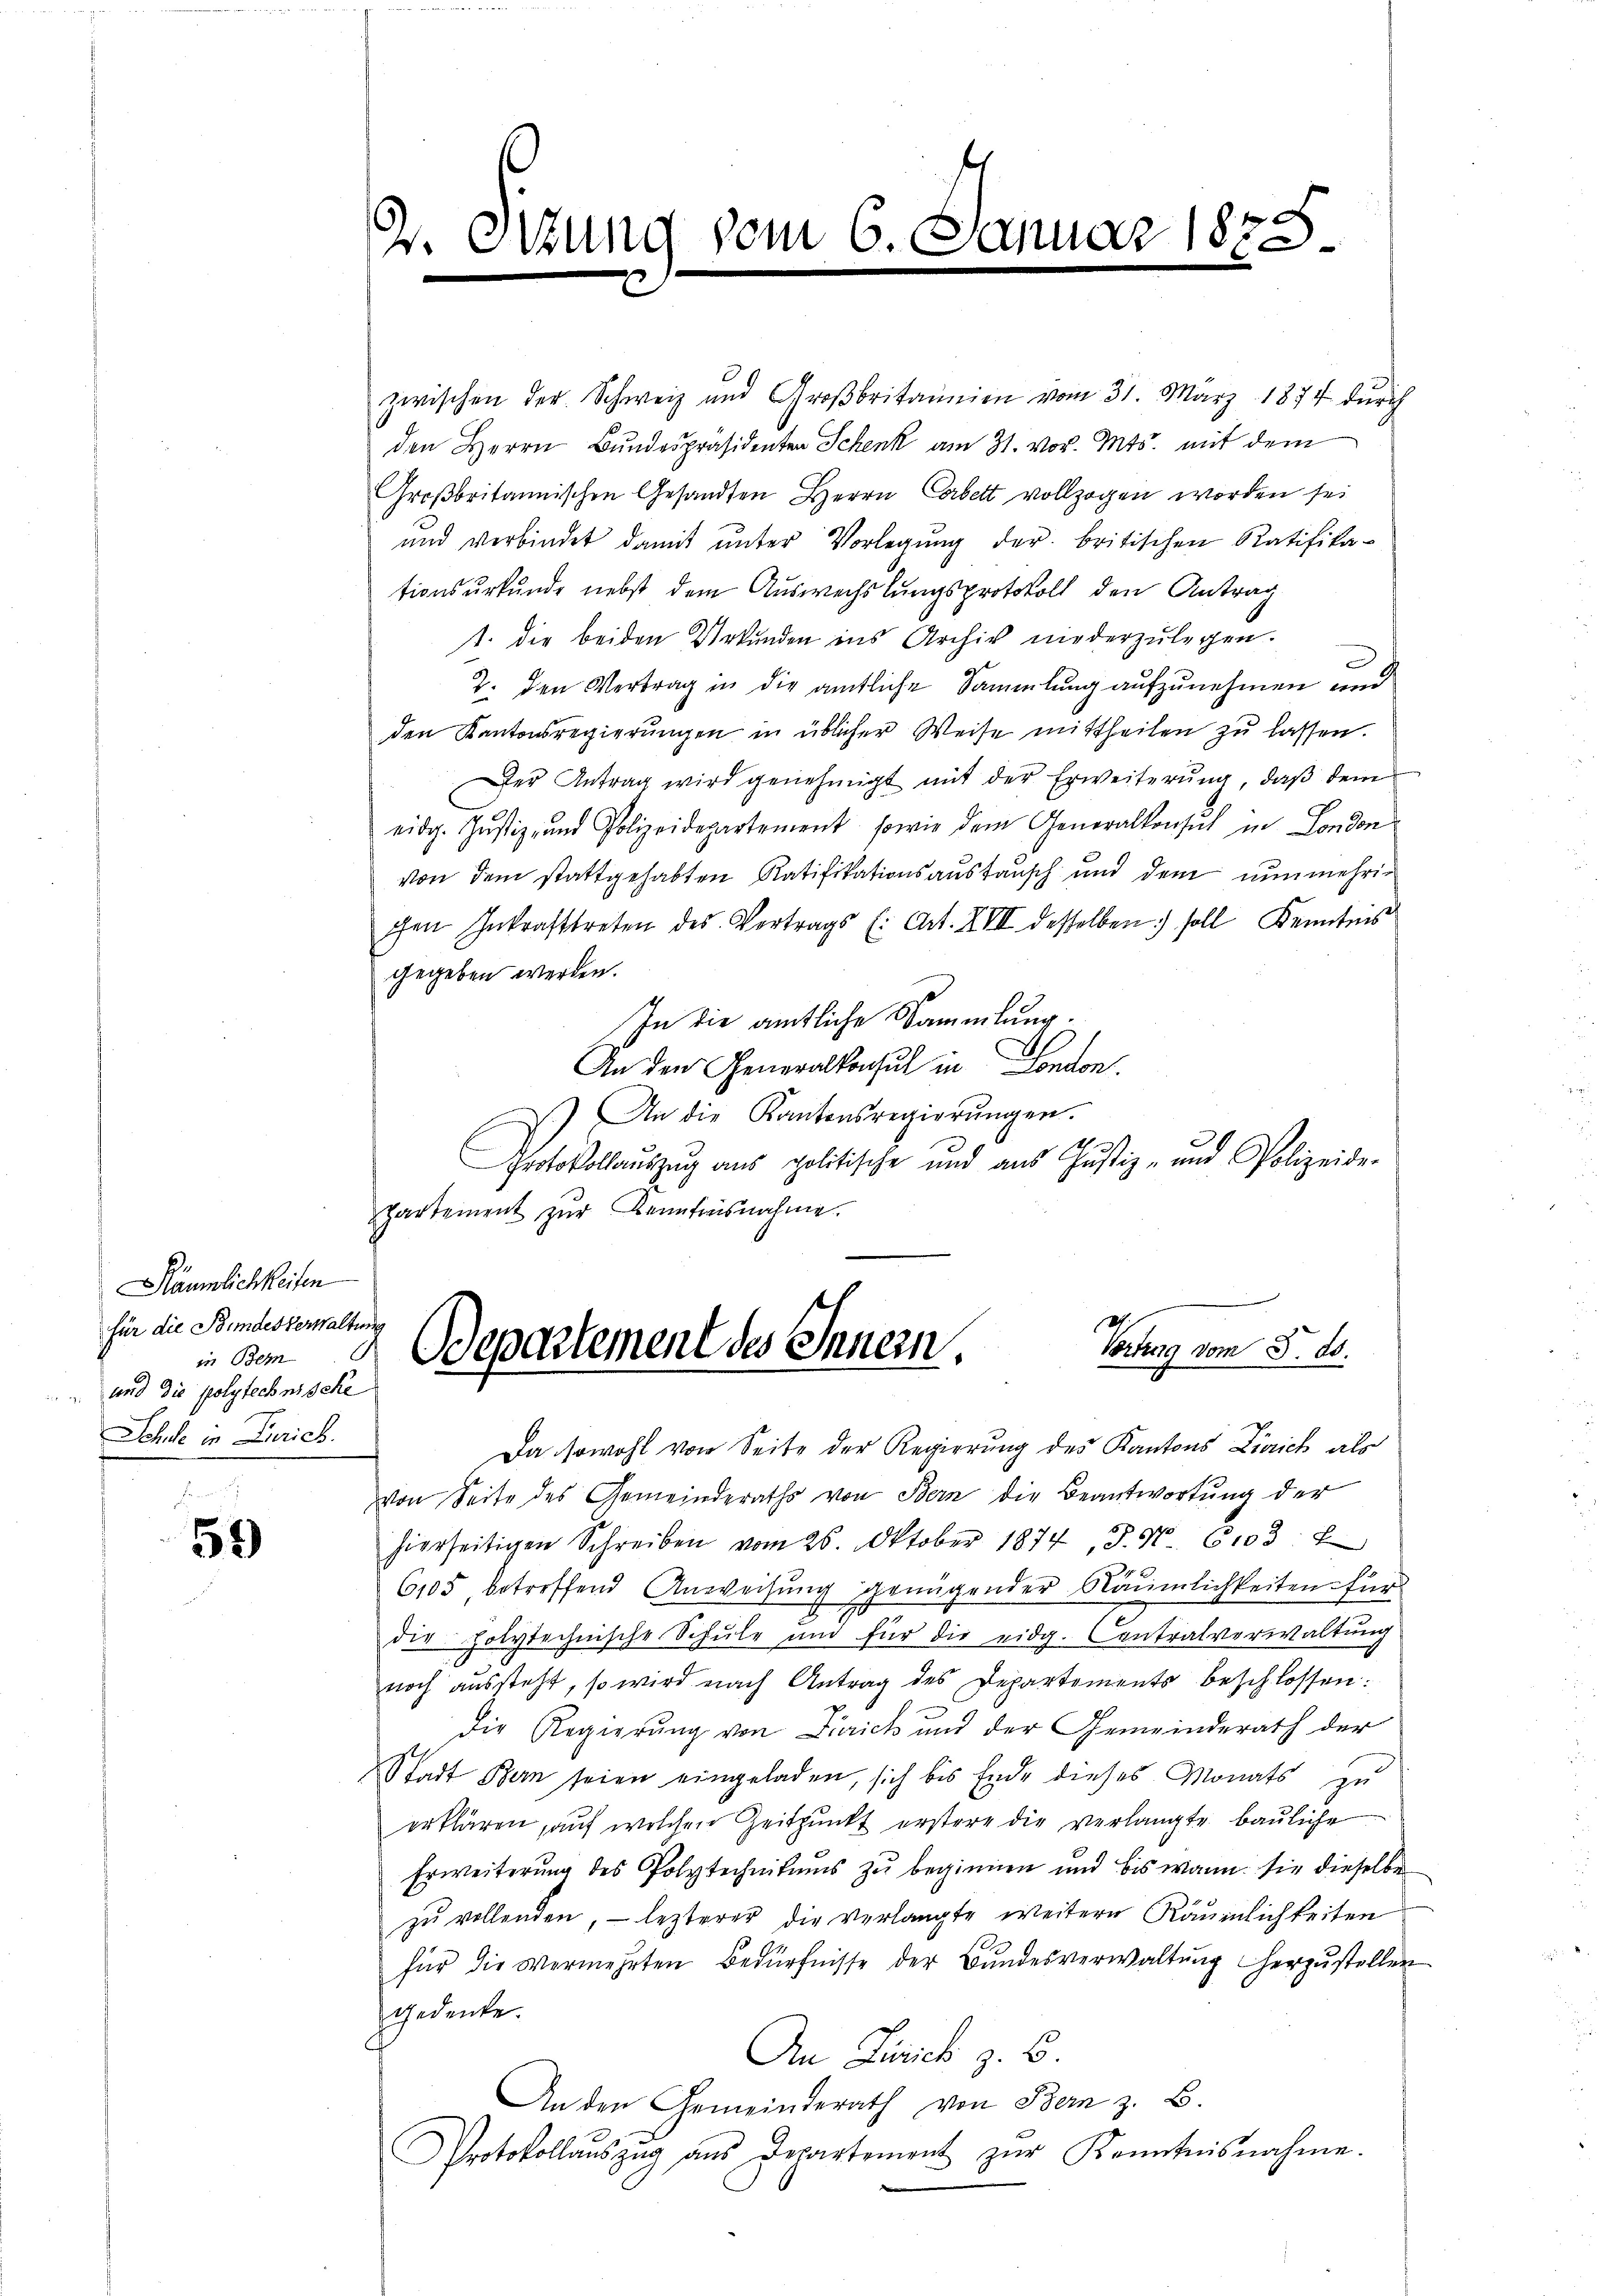
Räumlichkeiten
für die Bundesverwaltung
in Bem
und die polytechnische
Schule in Zürich.

52)

zwischen der Schweiz und Großbritannien vom 31. März 1874 durch
den Herrn Bundespräsidenten Schenk am 31. vor. Mts. mit dem
Großbritannischen Gesandten Herrn Cabett vollzogen worden sei
und verbindet damit ŭnter Vorlegŭng der britischen Ratifika-
tionsurkunde nebst dem Auswechslungsprotokoll den Antrag
t. die beiden Urkunden ins Archiv niederzulegen.
2. den Vertrag in die amtliche Sammlung aufzunehmen und
den Kantonsregierŭngen in üblicher Weise mittheilen zŭ lassen.
Der Antrag wird genehmigt mit der Erweiterung, daß dem
eidg. Justiz- und Polizeidepartement, sowie dem Generalkonsul in London
von dem stattgehabten Ratifikationsaustausch und dem nunmehrichen Inkrafttreten des Vertrags (: Art. XVII desselben soll Kenntnis
gegeben werden.
In die amtliche Sammlung.
An den Generalkonsul in London.
.) An die Kantonsregierŭngen.
Protokollaŭszŭg ans politische und aŭs Jŭstiz- und Polizeide-
partement zŭr Kenntnisnahme.

2.

zung vom

Muar 1875.

s
Vortrag vom 5. ds.
Departement des Innern,

Da sowohl von Seite der Regierung des Kantons Zürich als
von Seite des Gemeinderaths von Bern die Beantwortung der
hierseitigen Schreiben vom 26. Oktober 1874, S. Nr. 6103:
6105 betreffend Anweisung genügender Räumlichkeiten für
die polytechnische Schule und für die eidg. Centralverwaltung
noch aussteht, so wird nach Antrag des Departements beschlossen:
die Regierung von Zürich und der Gemeinderath der
Stadt Bern seien eingeladen, sich bis Ende dieses Monats zu
erklären, auf welchen Zeitpunkt erstere die verlangte bauliche
Erweiterung des Polytechnikums zu beginnen und bis wann sie dieselbe
zu vollenden, – lezterer die verlangte weitern Räumlichkeiten
für die Vermehrten Bedürfnisse der Bundesverwaltung herzustellen
gedenke.
An Zürich z. B.
An den Gemeinderath von Bern z. B.
Protokollauszug aus Departement zŭr Kenntnisnahme.